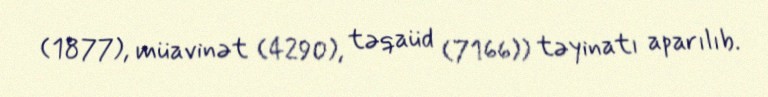
(1877), müavinət (4290), təqaüd (7166)) təyinatı aparılıb.